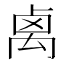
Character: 禼